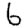
Digit: 6